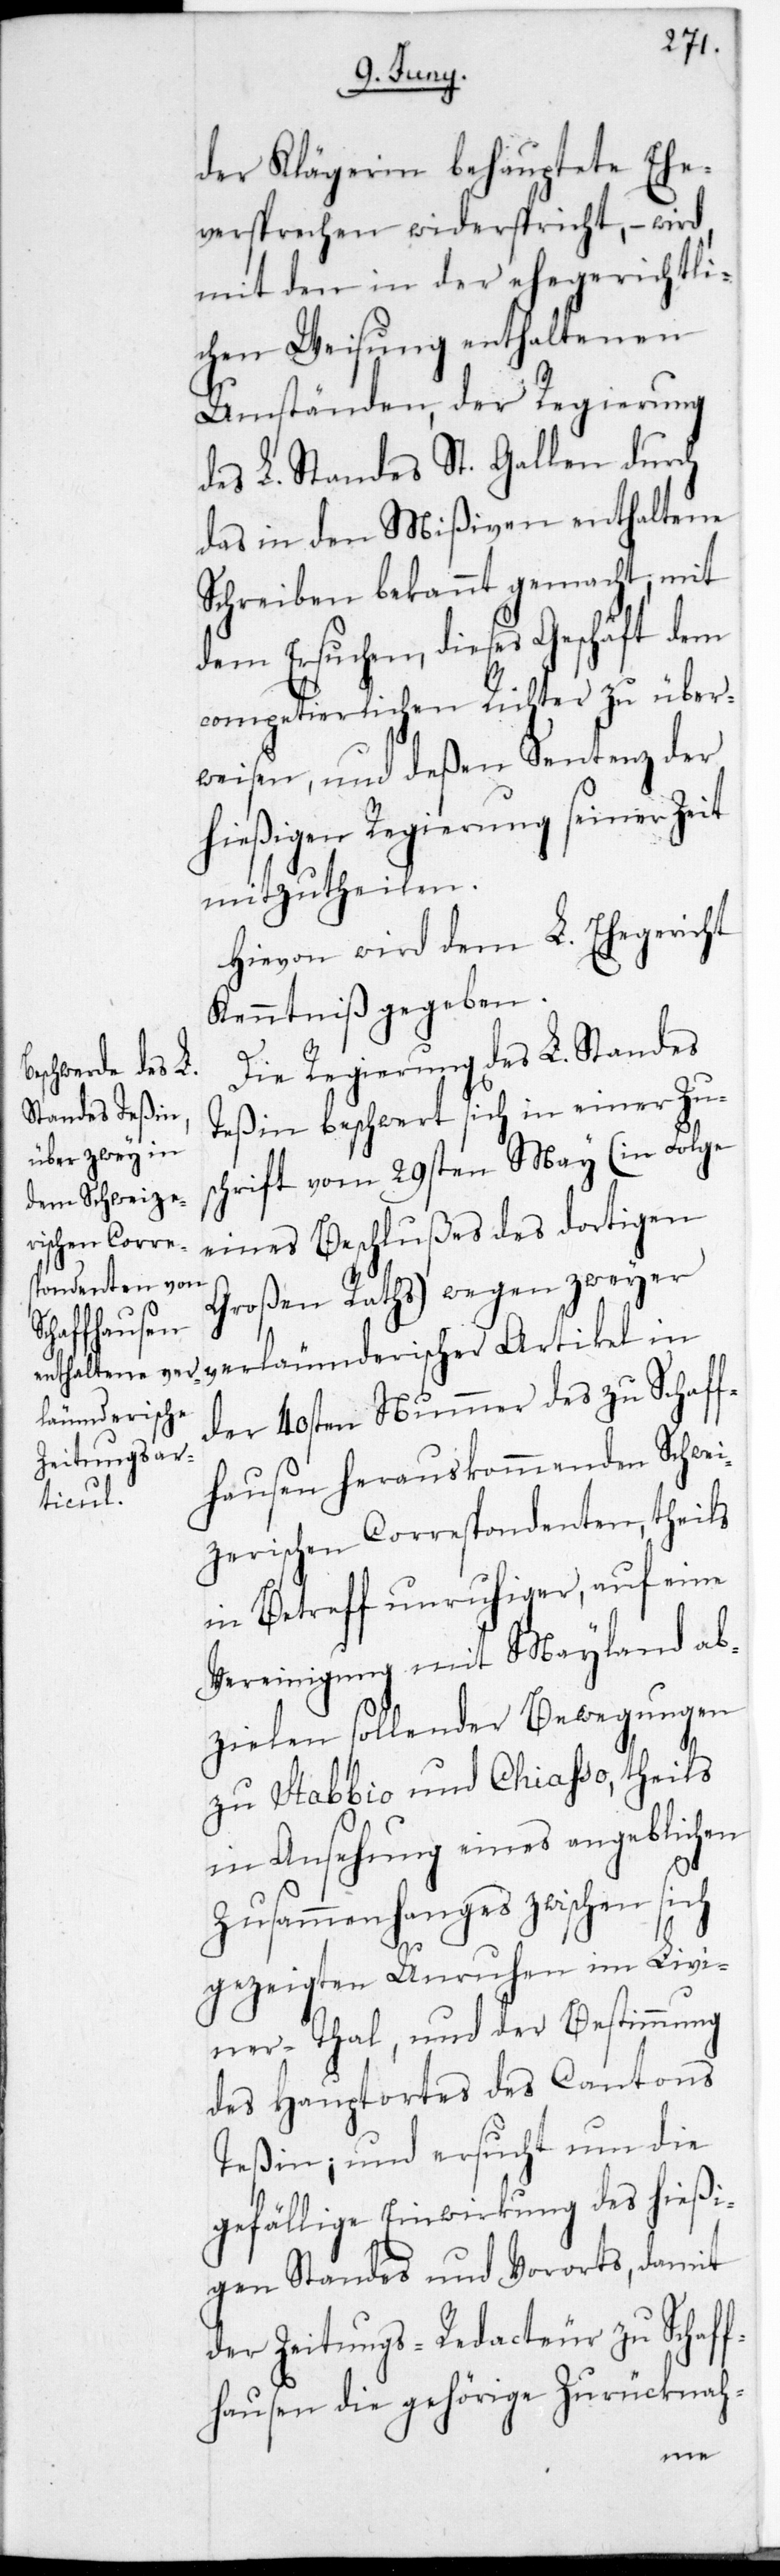
der Klägerin behauptete Ehe¬
versprechen widerspricht, – wird
mit den in der ehegerichtli¬
chen Weisung enthaltenen
Umständen der Regierung
des L. Standes St. Gallen durch
das in den Mißiven enthaltene
Schreiben bekannt gemacht, mit
dem Ersuchen, dieses Geschäft dem
competierlichen Richter zu über¬
weisen, und deßen Sentenz der
hießigen Regierung seiner Zeit
mitzutheilen.
Hievon wird dem L. Ehegericht
Kenntniß gegeben.
Die Regierung des L. Standes
Teßin beschwerth sich in einer Zus¬
chrift vom 29sten May (in Folge
eines Beschlußes des dortigen
Großen Raths) wegen zweier
der 40sten Nummer des zu Schaff¬
leumderischer
hausen herauskommenden Schwei¬
zerischen Correspondenten, theils
in Betreff unruhiger, auf eine
Vereinigung mit Mayland ab¬
zielen sollender Bewegungen
zu Stabio und Chiaßo, theils
in Ansehung eines angeblichen
Zusammenhanges zwischen sich
gezeigten Unruhen im Livi¬
nerthal, und der Bestimmung
des Hauptortes des Cantons
Teßin, und ersucht um die
gefällige Einwirkung des hießi¬
gen Standes und Vororts, damit
der Zeitungs-Redacteur zu Schaff¬
hausen die gehörige Zurücknah-
ver¬